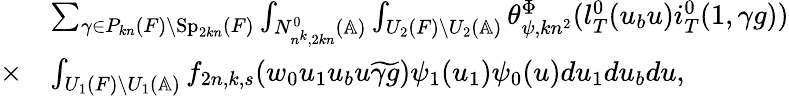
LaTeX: \begin{array}{rl}&{\sum_{\gamma\in P_{kn}(F)\backslash\mathrm{Sp}_{2kn}(F)}\int_{N_{n^{k},2kn}^{0}(\mathbb{A})}\int_{U_{2}(F)\backslash U_{2}(\mathbb{A})}\theta_{\psi,kn^{2}}^{\Phi}(l_{T}^{0}(u_{b}u)i_{T}^{0}(1,\gamma g))}\\ {\times}&{\int_{U_{1}(F)\backslash U_{1}(\mathbb{A})}f_{2n,k,s}(w_{0}u_{1}u_{b}u\widetilde{\gamma g})\psi_{1}(u_{1})\psi_{0}(u)du_{1}du_{b}du,}\end{array}